Civil Veterinary Dept. Assam report 1911-1927 - 1911-1927
Year: 1911
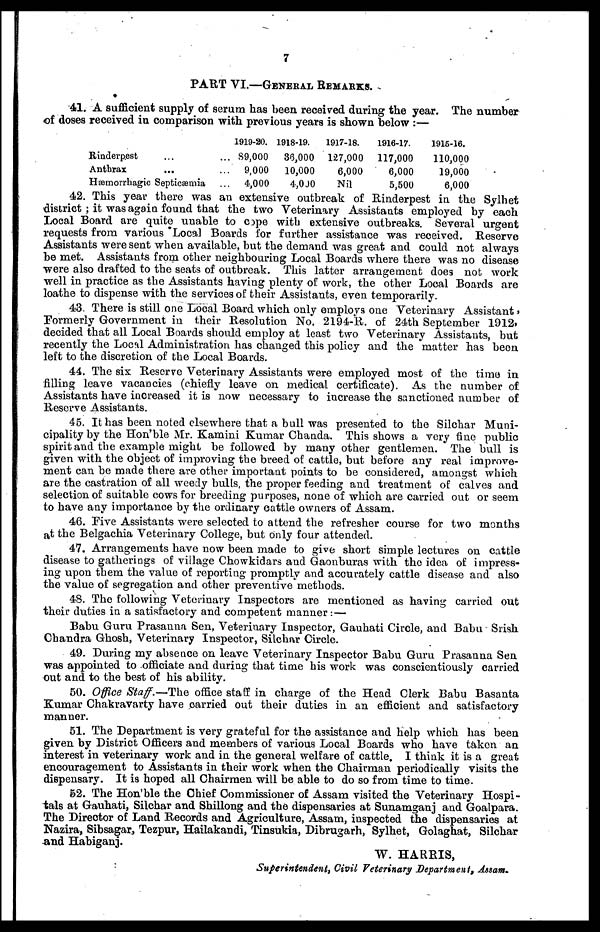
7
PART VI.—GENERAL REMARKS.
41. A sufficient supply of serum has been received during the year. The number
of doses received in comparison with previous years is shown below :—
Rinderpest
... ...
Anthrax ... ...
Hæmorrhagic Septicæmia ...
1919-20.
89,000
9,000
4,000
1918-19.
36,000
10,000
4,000
1917-18.
127,000
6,000
Nil
1916-17.
117,000
6,000
5,500
1915-16.
110,000
19,000
6,000
42. This year there was an extensive outbreak of Rinderpest in the Sylhet
district ; it was again found that the two Veterinary Assistants employed by each
Local Board are quite unable to C3pe with extensive outbreaks. Several urgent
requests from various Local Boards for further assistance was received. Reserve
Assistants were sent when available, but the demand was great and could not always
be met. Assistants from other neighbouring Local Boards where there was no disease
were also drafted to the seats of outbreak. This latter arrangement does not work
well in practice as the Assistants having plenty of work, the other Local Boards are
loathe to dispense with the services of their Assistants, even temporarily.
43. There is still one Local Board which only employs one Veterinary Assistant,
Formerly Government in their Resolution No. 2194-R. of 24th September 1912.
decided that all Local Boards should employ at least two Veterinary Assistants, but
recently the Local Administration has changed this policy and the matter has been
left to the discretion of the Local Boards.
44. The six Reserve Veterinary Assistants were employed most of the time in
filling leave vacancies (chiefly leave on medical certificate). As the number of
Assistants have increased it is now necessary to increase the sanctioned number of
Reserve Assistants.
45. It has been noted elsewhere that a bull was presented to the Silchar Muni-
cipality by the Hon'ble Mr. Kamini Kumar Chanda. This shows a very fine public
spirit and the example might be followed by many other gentlemen. The bull is
given with the object of improving the breed of cattle, but before any real improve-
ment can be made there are other important points to be considered, amongst which
are the castration of all weedy bulls the proper feeding and treatment of calves and
selection of suitable cows for breeding purposes, none of which are carried out or seem
to have any importance by the ordinary cattle owners of Assam.
46. Five Assistants were selected to attend the refresher course for two months
at the Belgachia Veterinary College, but only four attended.
47. Arrangements have now been made to give short simple lectures on cattle
disease to gatherings of village Chowkidars and Gaonburas with the idea of impress-
ing upon them the value of reporting promptly and accurately cattle disease and also
the value of segregation and other preventive methods.
48. The following Veterinary Inspectors are mentioned as having carried out
their duties in a satisfactory and competent manner : —
Babu Guru Prasanna Sen, Veterinary Inspector, Gauhati Circle, and Babu Srish
Chandra Ghosh, Veterinary Inspector, Silchar Circle.
49. During my absence on leave Veterinary Inspector Babu Guru Prasanna Sen
was appointed to officiate and during that time his work was conscientiously carried
out and to the best of his ability.
50. Office Staff.—The office staff in charge of the Head Clerk Babu Basanta
Kumar Chakravarty have carried out their duties in an efficient and satisfactory
manner.
51. The Department is very grateful for the assistance and help which has been
given by District Officers and members of various Local Boards who have taken an
interest in veterinary work and in the general welfare of cattle. I think it is a great
encouragement to Assistants in their work when the Chairman periodically visits the
dispensary. It is hoped all Chairmen will be able to do so from time to time.
52. The Hon'ble the Chief Commissioner of Assam visited the Veterinary Hospi-
tals at Gauhati, Silchar and Shillong and the dispensaries at Sunamganj and Goalpara.
The Director of Land Records and Agriculture, Assam, inspected the dispensaries at
Nazira, Sibsagar, Tezpur, Hailakandi, Tinsukia, Dibrugarh, Sylhet, Golaghat, Silchar
and Habiganj.
W. HARRIS,
Superintendent, Civil Veterinary Department, Assam.